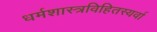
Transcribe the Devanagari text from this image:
धर्मशास्त्रविहितस्यर्वा